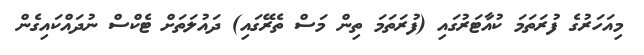
މިއަހަރުގެ ފުރަތަމަ ކުއާޓަރުގައި (ފުރަތަމަ ތިން މަސް ތެރޭގައި) ދައުލަތަށް ޓެކްސް ނުދައްކައިގެން